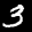
Label: 3